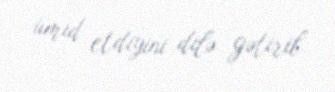
ümid etdiyini dilə gətirib.